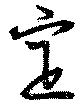
定